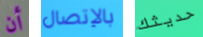
أن بالإتصال حديثك